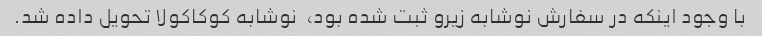
با وجود اینکه در سفارش نوشابه زیرو ثبت شده بود، ‌ نوشابه کوکاکولا تحویل داده شد.